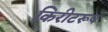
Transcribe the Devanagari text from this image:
किरीटरूप